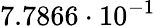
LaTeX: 7.7866\cdot 10^{-1}